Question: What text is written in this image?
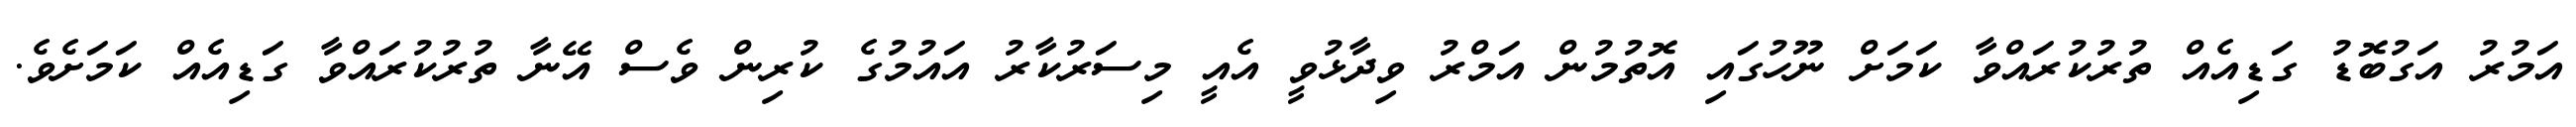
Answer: އަމުރު އަގުބޮޑު ގަޑިއެއް ތުރުކުރައްވާ ކަމަށް ނޫހުގައި އޮތުމުން އަމްރު ވިދާޅުވީ އެއީ މިސަރުކާރު އައުމުގެ ކުރިން ވެސް އޭނާ ތުރުކުރައްވާ ގަޑިއެއް ކަމަށެވެ.